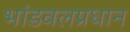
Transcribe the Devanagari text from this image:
भांडवलप्रधान